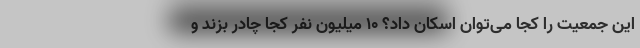
این جمعیت را کجا می‌توان اسکان داد؟ ١٠ میلیون نفر کجا چادر بزند و